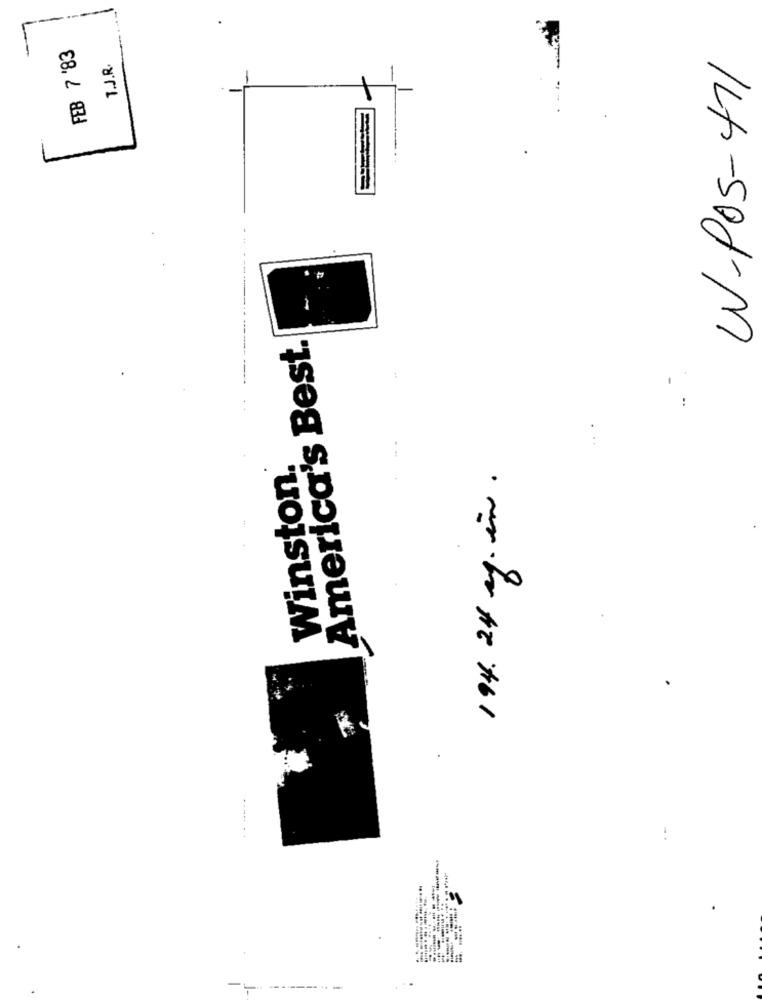
FEB 7 '83
T.J.R.
W-POS-471
America's Best.
Winston.
194. 24 ag. in .
.
...